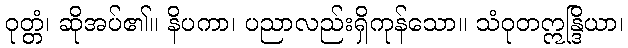
ဝုတ္တံ၊ ဆိုအပ်၏။ နိပကာ၊ ပညာလည်းရှိကုန်သော။ သံဝုတဣန္ဒြိယာ၊